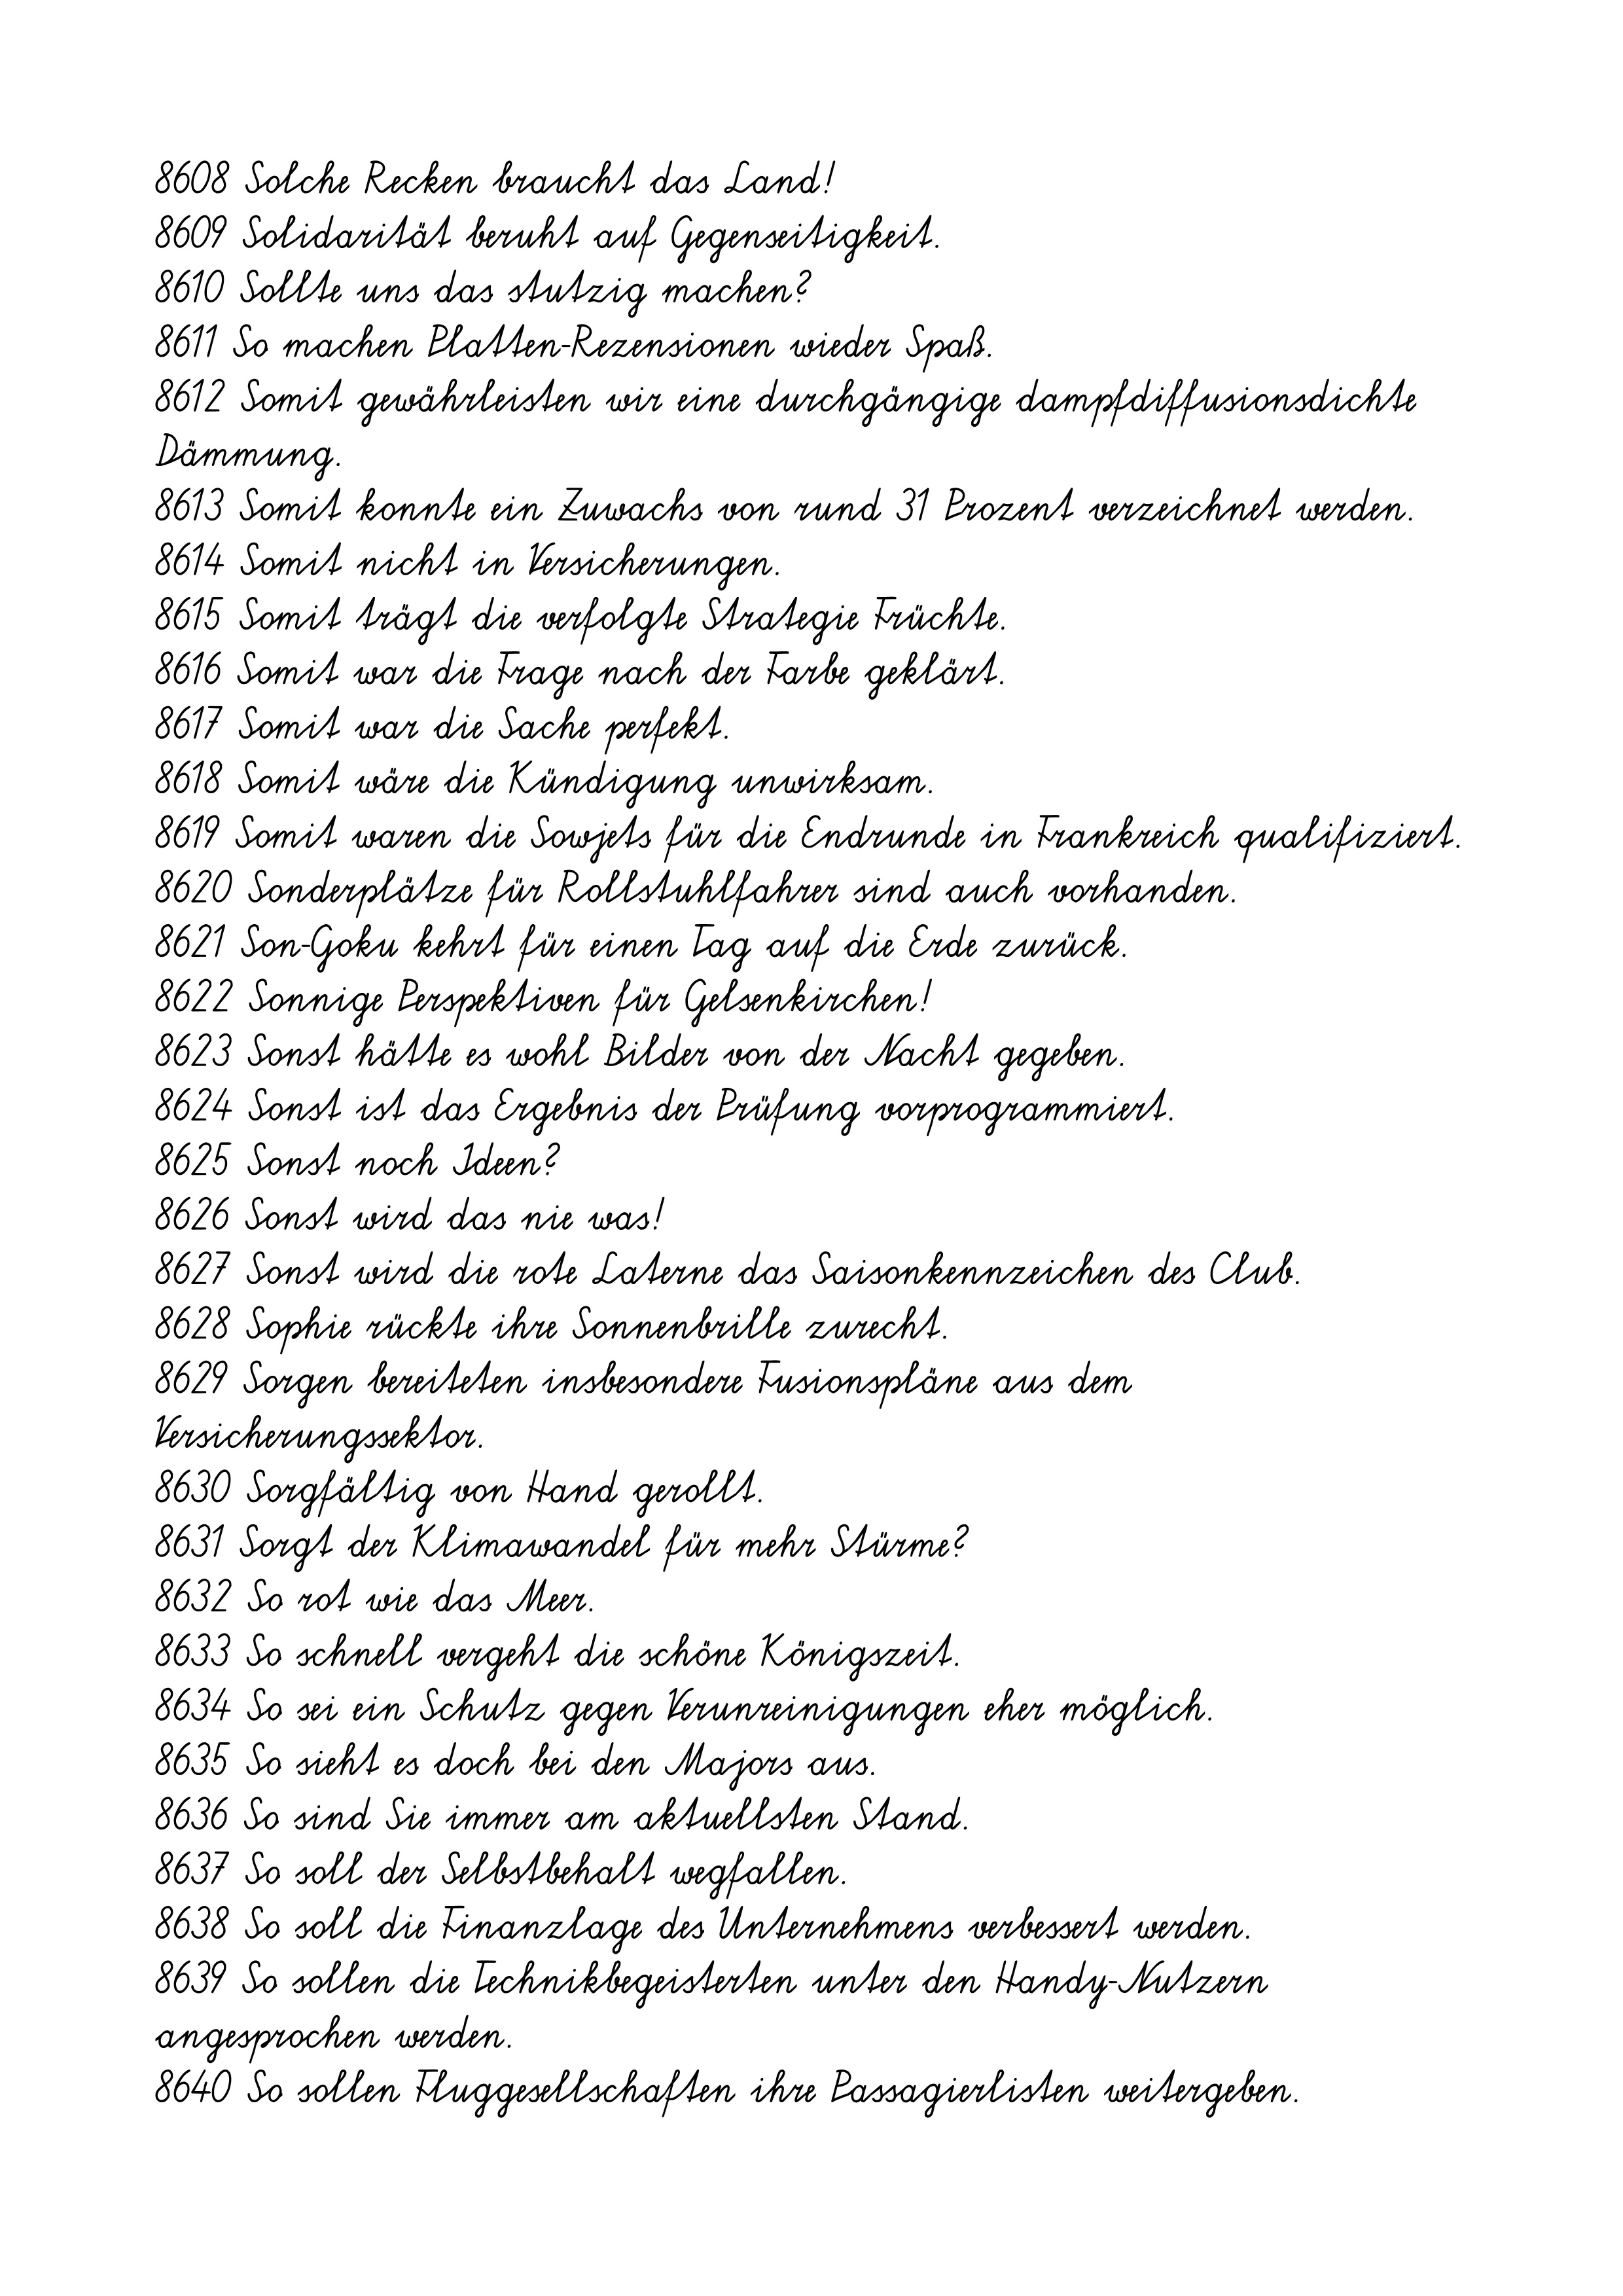
8608 Solche Recken braucht das Land!
8609 Solidarität beruht auf Gegenseitigkeit.
8610 Sollte uns das stutzig machen?
8611 So machen Platten-Rezensionen wieder Spaß.
8612 Somit gewährleisten wir eine durchgängige dampfdiffusionsdichte
Dämmung.
8613 Somit konnte ein Zuwachs von rund 31 Prozent verzeichnet werden.
8614 Somit nicht in Versicherungen.
8615 Somit trägt die verfolgte Strategie Früchte.
8616 Somit war die Frage nach der Farbe geklärt.
8617 Somit war die Sache perfekt.
8618 Somit wäre die Kündigung unwirksam.
8619 Somit waren die Sowjets für die Endrunde in Frankreich qualifiziert.
8620 Sonderplätze für Rollstuhlfahrer sind auch vorhanden.
8621 Son-Goku kehrt für einen Tag auf die Erde zurück.
8622 Sonnige Perspektiven für Gelsenkirchen!
8623 Sonst hätte es wohl Bilder von der Nacht gegeben.
8624 Sonst ist das Ergebnis der Prüfung vorprogrammiert.
8625 Sonst noch Ideen?
8626 Sonst wird das nie was!
8627 Sonst wird die rote Laterne das Saisonkennzeichen des Club.
8628 Sophie rückte ihre Sonnenbrille zurecht.
8629 Sorgen bereiteten insbesondere Fusionspläne aus dem
Versicherungssektor.
8630 Sorgfältig von Hand gerollt.
8631 Sorgt der Klimawandel für mehr Stürme?
8632 So rot wie das Meer.
8633 So schnell vergeht die schöne Königszeit.
8634 So sei ein Schutz gegen Verunreinigungen eher möglich.
8635 So sieht es doch bei den Majors aus.
8636 So sind Sie immer am aktuellsten Stand.
8637 So soll der Selbstbehalt wegfallen.
8638 So soll die Finanzlage des Unternehmens verbessert werden.
8639 So sollen die Technikbegeisterten unter den Handy-Nutzern
angesprochen werden.
8640 So sollen Fluggesellschaften ihre Passagierlisten weitergeben.